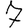
Digit: 7